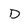
Character: D